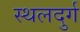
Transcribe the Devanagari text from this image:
स्थलदुर्ग